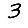
Digit: 3